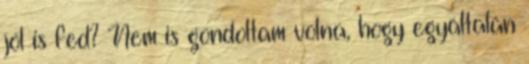
jól is fed? Nem is gondoltam volna, hogy egyáltalán